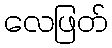
လေဖြတ်